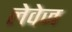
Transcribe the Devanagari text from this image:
लेवेज